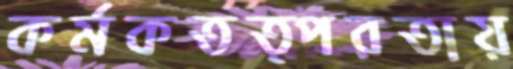
কর্মকতত্পরতায়